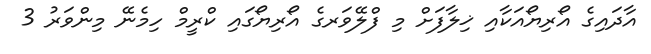
އާދައިގެ އޯރިޔޯއަކާއި ޚިލާފަށް މި ފްލޭވަރގެ އޯރިޔޯގައި ކްރީމް ހިމެނޭ މިންވަރު 3